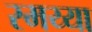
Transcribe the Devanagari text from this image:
रमय्या